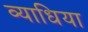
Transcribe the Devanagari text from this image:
व्याधिया